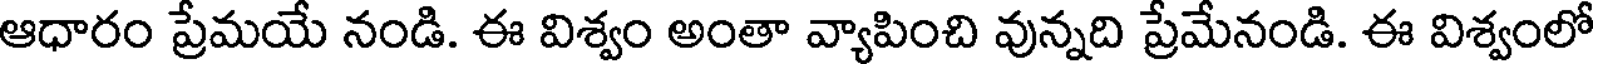
ఆధారం ప్రేమయే నండి. ఈ విశ్వం అంతా వ్యాపించి వున్నది ప్రేమేనండి. ఈ విశ్వంలో